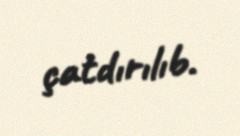
çatdırılıb.